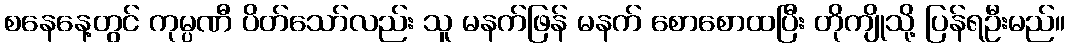
စနေနေ့တွင် ကုမ္ပဏီ ပိတ်သော်လည်း သူ မနက်ဖြန် မနက် စောစောထပြီး တိုကျိုသို့ ပြန်ရဦးမည်။